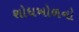
શોધખોળનો